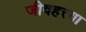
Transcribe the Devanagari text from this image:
जीवहत्त्या